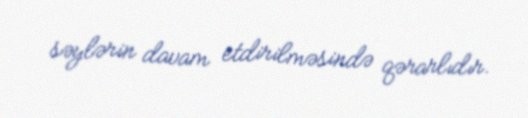
səylərin davam etdirilməsində qərarlıdır.